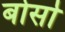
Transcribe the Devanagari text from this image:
बोर्सा